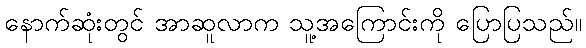
နောက်ဆုံးတွင် အာဆူလာက သူ့အကြောင်းကို ပြောပြသည်။